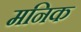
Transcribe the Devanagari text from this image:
मनिक